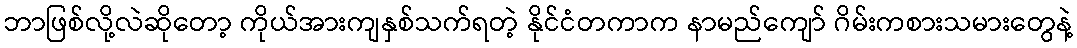
ဘာဖြစ်လို့လဲဆိုတော့ ကိုယ်အားကျနှစ်သက်ရတဲ့ နိုင်ငံတကာက နာမည်ကျော် ဂိမ်းကစားသမားတွေနဲ့